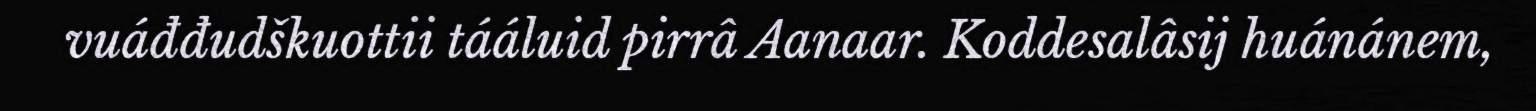
vuáđđudškuottii tááluid pirrâ Aanaar. Koddesalâsij huánánem,